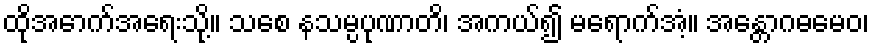
ထိုအောက်အရေးသို့။ သစေ နသမ္ပပုဏာတိ၊ အကယ်၍ မရောက်အံ့။ အန္တောဂဓမေဝ၊